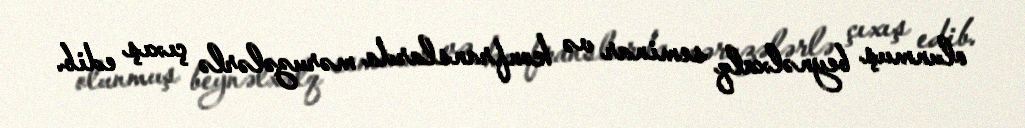
olunmuş beynəlxalq seminar və konfranslarda məruzələrlə çıxış edib.